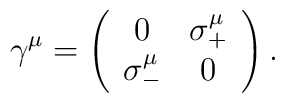
\gamma^{\mu}=\left( \begin{array}{cc}0 & \sigma^{\mu}_{+} \\\sigma^{\mu}_{-} & 0\end{array}\right) .